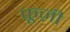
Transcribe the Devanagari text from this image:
फूज़ी